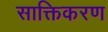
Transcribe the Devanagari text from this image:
साक्तिकरण